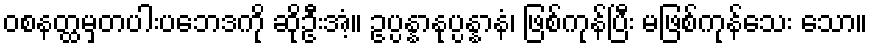
ဝစနတ္ထမှတပါးပဘေဒကို ဆိုဦးအံ့။ ဥပ္ပန္နာနုပ္ပန္နာနံ၊ ဖြစ်ကုန်ပြီး မဖြစ်ကုန်သေး သော။